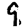
Digit: 9